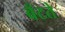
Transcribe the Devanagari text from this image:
बँटते